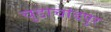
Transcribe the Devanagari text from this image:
चुडाचांदपुर